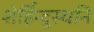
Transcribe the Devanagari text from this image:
शेर्हिन्दुस्थनि